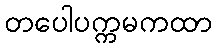
တပေါပက္ကမကထာ